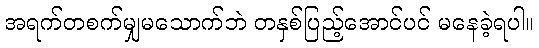
အရက်တစက်မျှမသောက်ဘဲ တနှစ်ပြည့်အောင်ပင် မနေခဲ့ရပါ။